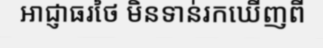
អាជ្ញាធរថៃ មិនទាន់រកឃើញពី